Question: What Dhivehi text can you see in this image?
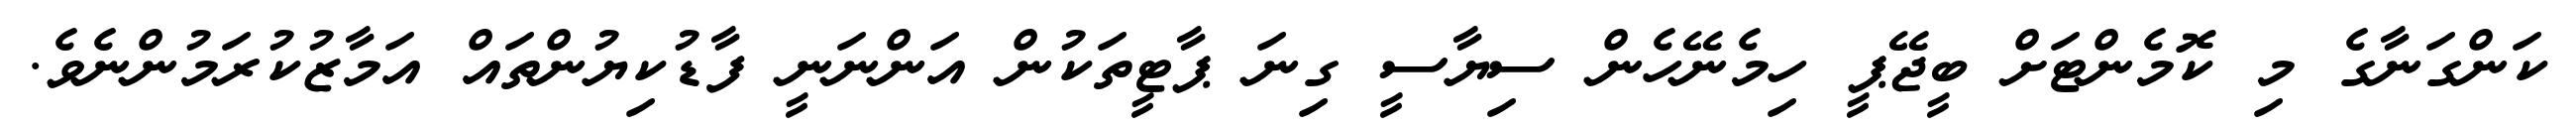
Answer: ކަންގަނާގެ މި ކޮމެންޓަށް ބީޖޭޕީ ހިމެނޭހެން ސިޔާސީ ގިނަ ޕާޓީތަކުން އަންނަނީ ފާޑުކިޔުންތައް އަމާޒުކުރަމުންނެވެ.